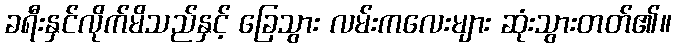
ခရီးနှင်လိုက်မိသည်နှင့် ခြေသွား လမ်းကလေးများ ဆုံးသွားတတ်၏။